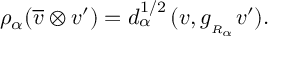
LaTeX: \rho _ { \alpha } ( \overline { { { v } } } \otimes v ^ { \prime } ) = d _ { \alpha } ^ { 1 / 2 } \, ( v , g _ { _ { R _ { \alpha } } } v ^ { \prime } ) .